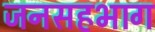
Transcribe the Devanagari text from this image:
जनसहभाग